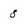
Character: 8